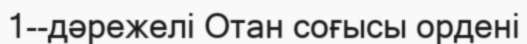
1--дәрежелі Отан соғысы ордені